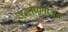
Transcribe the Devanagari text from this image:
संश्लेषणातून